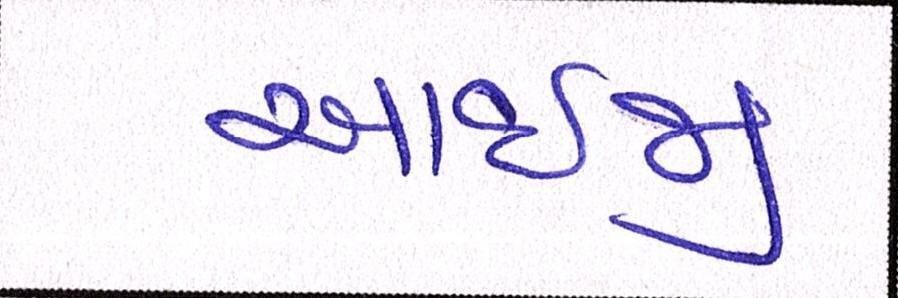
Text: આઇજી